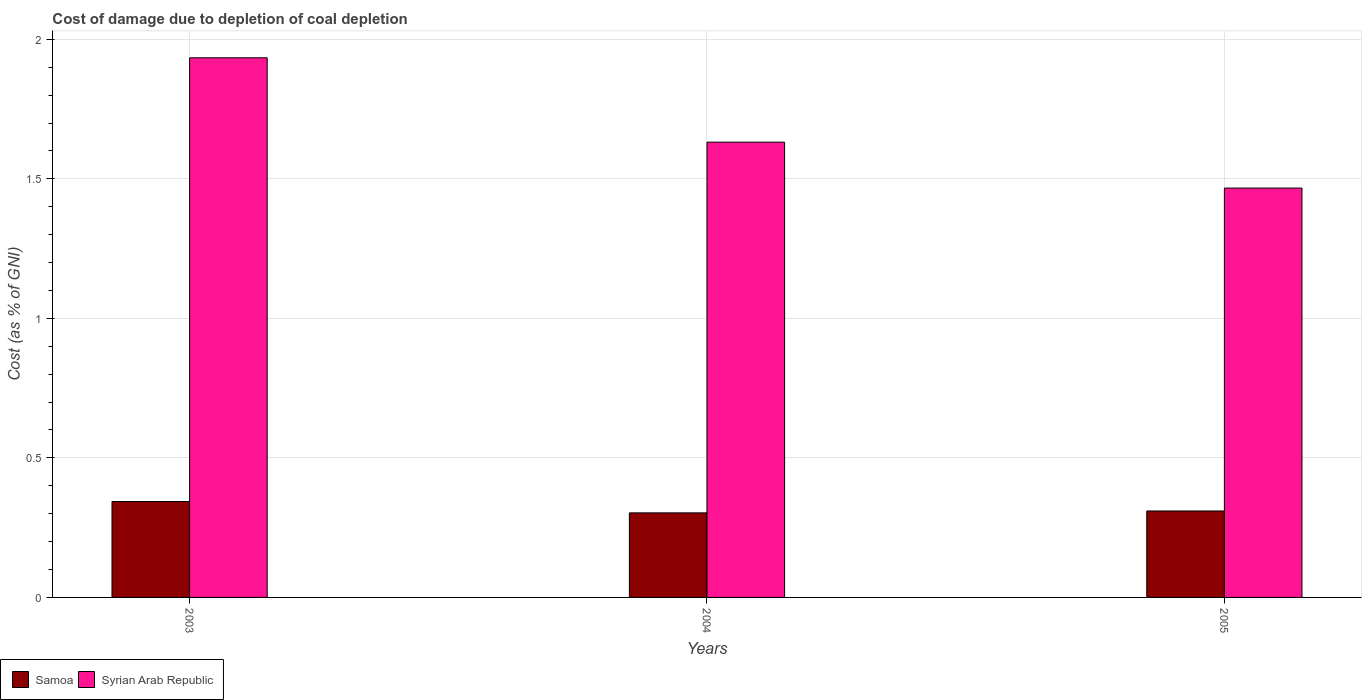
| Years | Samoa | Syrian Arab Republic |
 | --- | --- | --- |
 | 2003 | 0.344 | 1.93 |
 | 2004 | 0.303 | 1.63 |
 | 2005 | 0.31 | 1.47 |